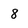
Character: 8